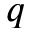
q